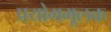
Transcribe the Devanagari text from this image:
प्रयोगमूलक